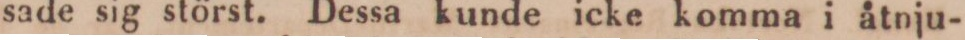
sade sig störst. Dessa kunde icke komma i åtnju-